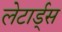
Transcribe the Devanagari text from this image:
लेटार्ड्स